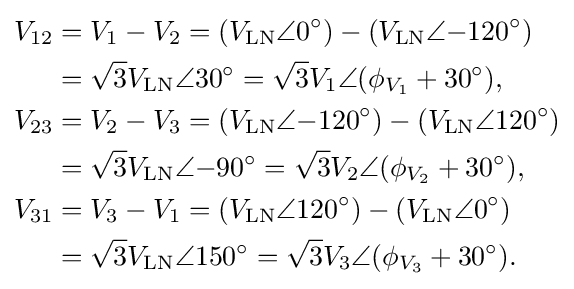
{\begin{aligned}V_{12}&=V_{1}-V_{2}=(V_{\text{LN}}\angle 0^{\circ })-(V_{\text{LN}}\angle {-120}^{\circ })\\&={\sqrt {3}}V_{\text{LN}}\angle 30^{\circ }={\sqrt {3}}V_{1}\angle (\phi _{V_{1}}+30^{\circ }),\\V_{23}&=V_{2}-V_{3}=(V_{\text{LN}}\angle {-120}^{\circ })-(V_{\text{LN}}\angle 120^{\circ })\\&={\sqrt {3}}V_{\text{LN}}\angle {-90}^{\circ }={\sqrt {3}}V_{2}\angle (\phi _{V_{2}}+30^{\circ }),\\V_{31}&=V_{3}-V_{1}=(V_{\text{LN}}\angle 120^{\circ })-(V_{\text{LN}}\angle 0^{\circ })\\&={\sqrt {3}}V_{\text{LN}}\angle 150^{\circ }={\sqrt {3}}V_{3}\angle (\phi _{V_{3}}+30^{\circ }).\end{aligned}}